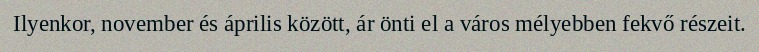
Ilyenkor, november és április között, ár önti el a város mélyebben fekvő részeit.